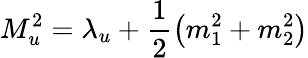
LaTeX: M_{u}^{2}=\lambda_{u}+\frac{1}{2}\left(m_{1}^{2}+m_{2}^{2}\right)